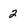
Character: 2